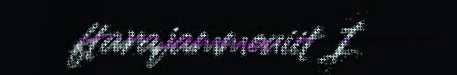
ftarajammouiit I